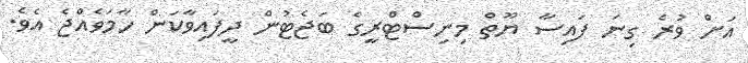
އަށް ވުރެ ގިނަ ފައިސާ ޔޫތް މިނިސްޓްރީގެ ބަޖެޓުން ދީފައިވާކަން ހާމަވެއްޖެ އެވެ.